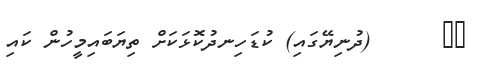
٤٦      (ދުނިޔޭގައި) ކުޑަހިނދުކޮޅަކަށް ތިޔަބައިމީހުން ކައި